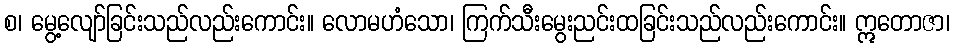
စ၊ မွေ့လျော်ခြင်းသည်လည်းကောင်း။ လောမဟံသော၊ ကြက်သီးမွေးညင်းထခြင်းသည်လည်းကောင်း။ ဣတောဇာ၊